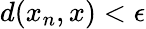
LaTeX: d(x_{n},x)<\epsilon